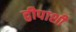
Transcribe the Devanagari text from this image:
द्वीपाशी